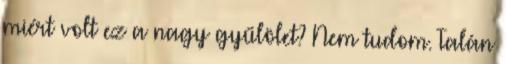
miért volt ez a nagy gyűlölet? Nem tudom. Talán